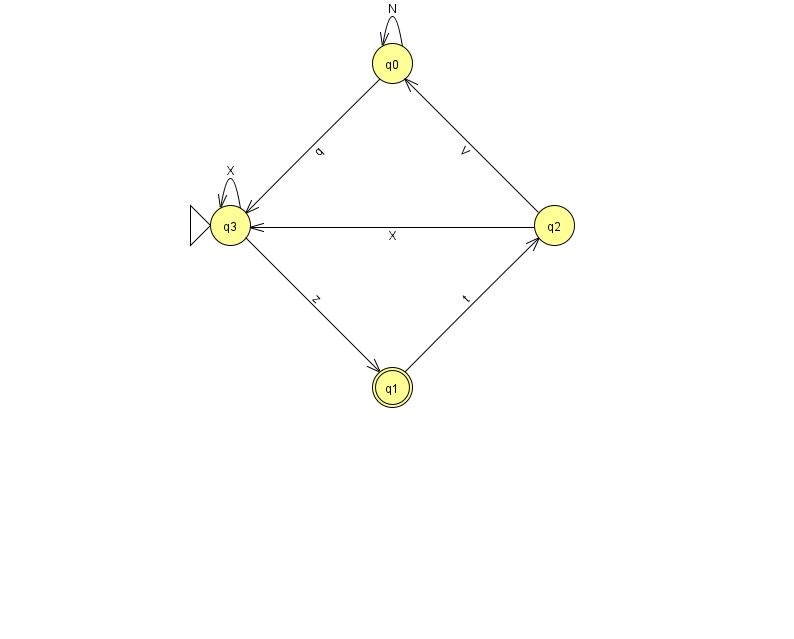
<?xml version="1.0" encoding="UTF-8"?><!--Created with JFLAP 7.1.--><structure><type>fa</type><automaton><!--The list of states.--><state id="0" name="q0"><x>392.0</x><y>50.0</y></state><state id="1" name="q1"><x>392.0</x><y>374.0</y><final/></state><state id="2" name="q2"><x>554.0</x><y>212.0</y></state><state id="3" name="q3"><x>230.0</x><y>212.0</y><initial/></state><!--The list of transitions.--><transition><from>1</from><to>2</to><read>t</read></transition><transition><from>2</from><to>3</to><read>X</read></transition><transition><from>0</from><to>3</to><read>q</read></transition><transition><from>3</from><to>1</to><read>z</read></transition><transition><from>3</from><to>3</to><read>X</read></transition><transition><from>2</from><to>0</to><read>V</read></transition><transition><from>0</from><to>0</to><read>N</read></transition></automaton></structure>